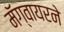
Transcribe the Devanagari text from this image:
मॅग्वायरने